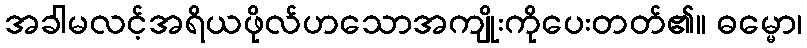
အခါမလင့်အရိယဖိုလ်ဟသောအကျိုးကိုပေးတတ်၏။ ဓမ္မော၊